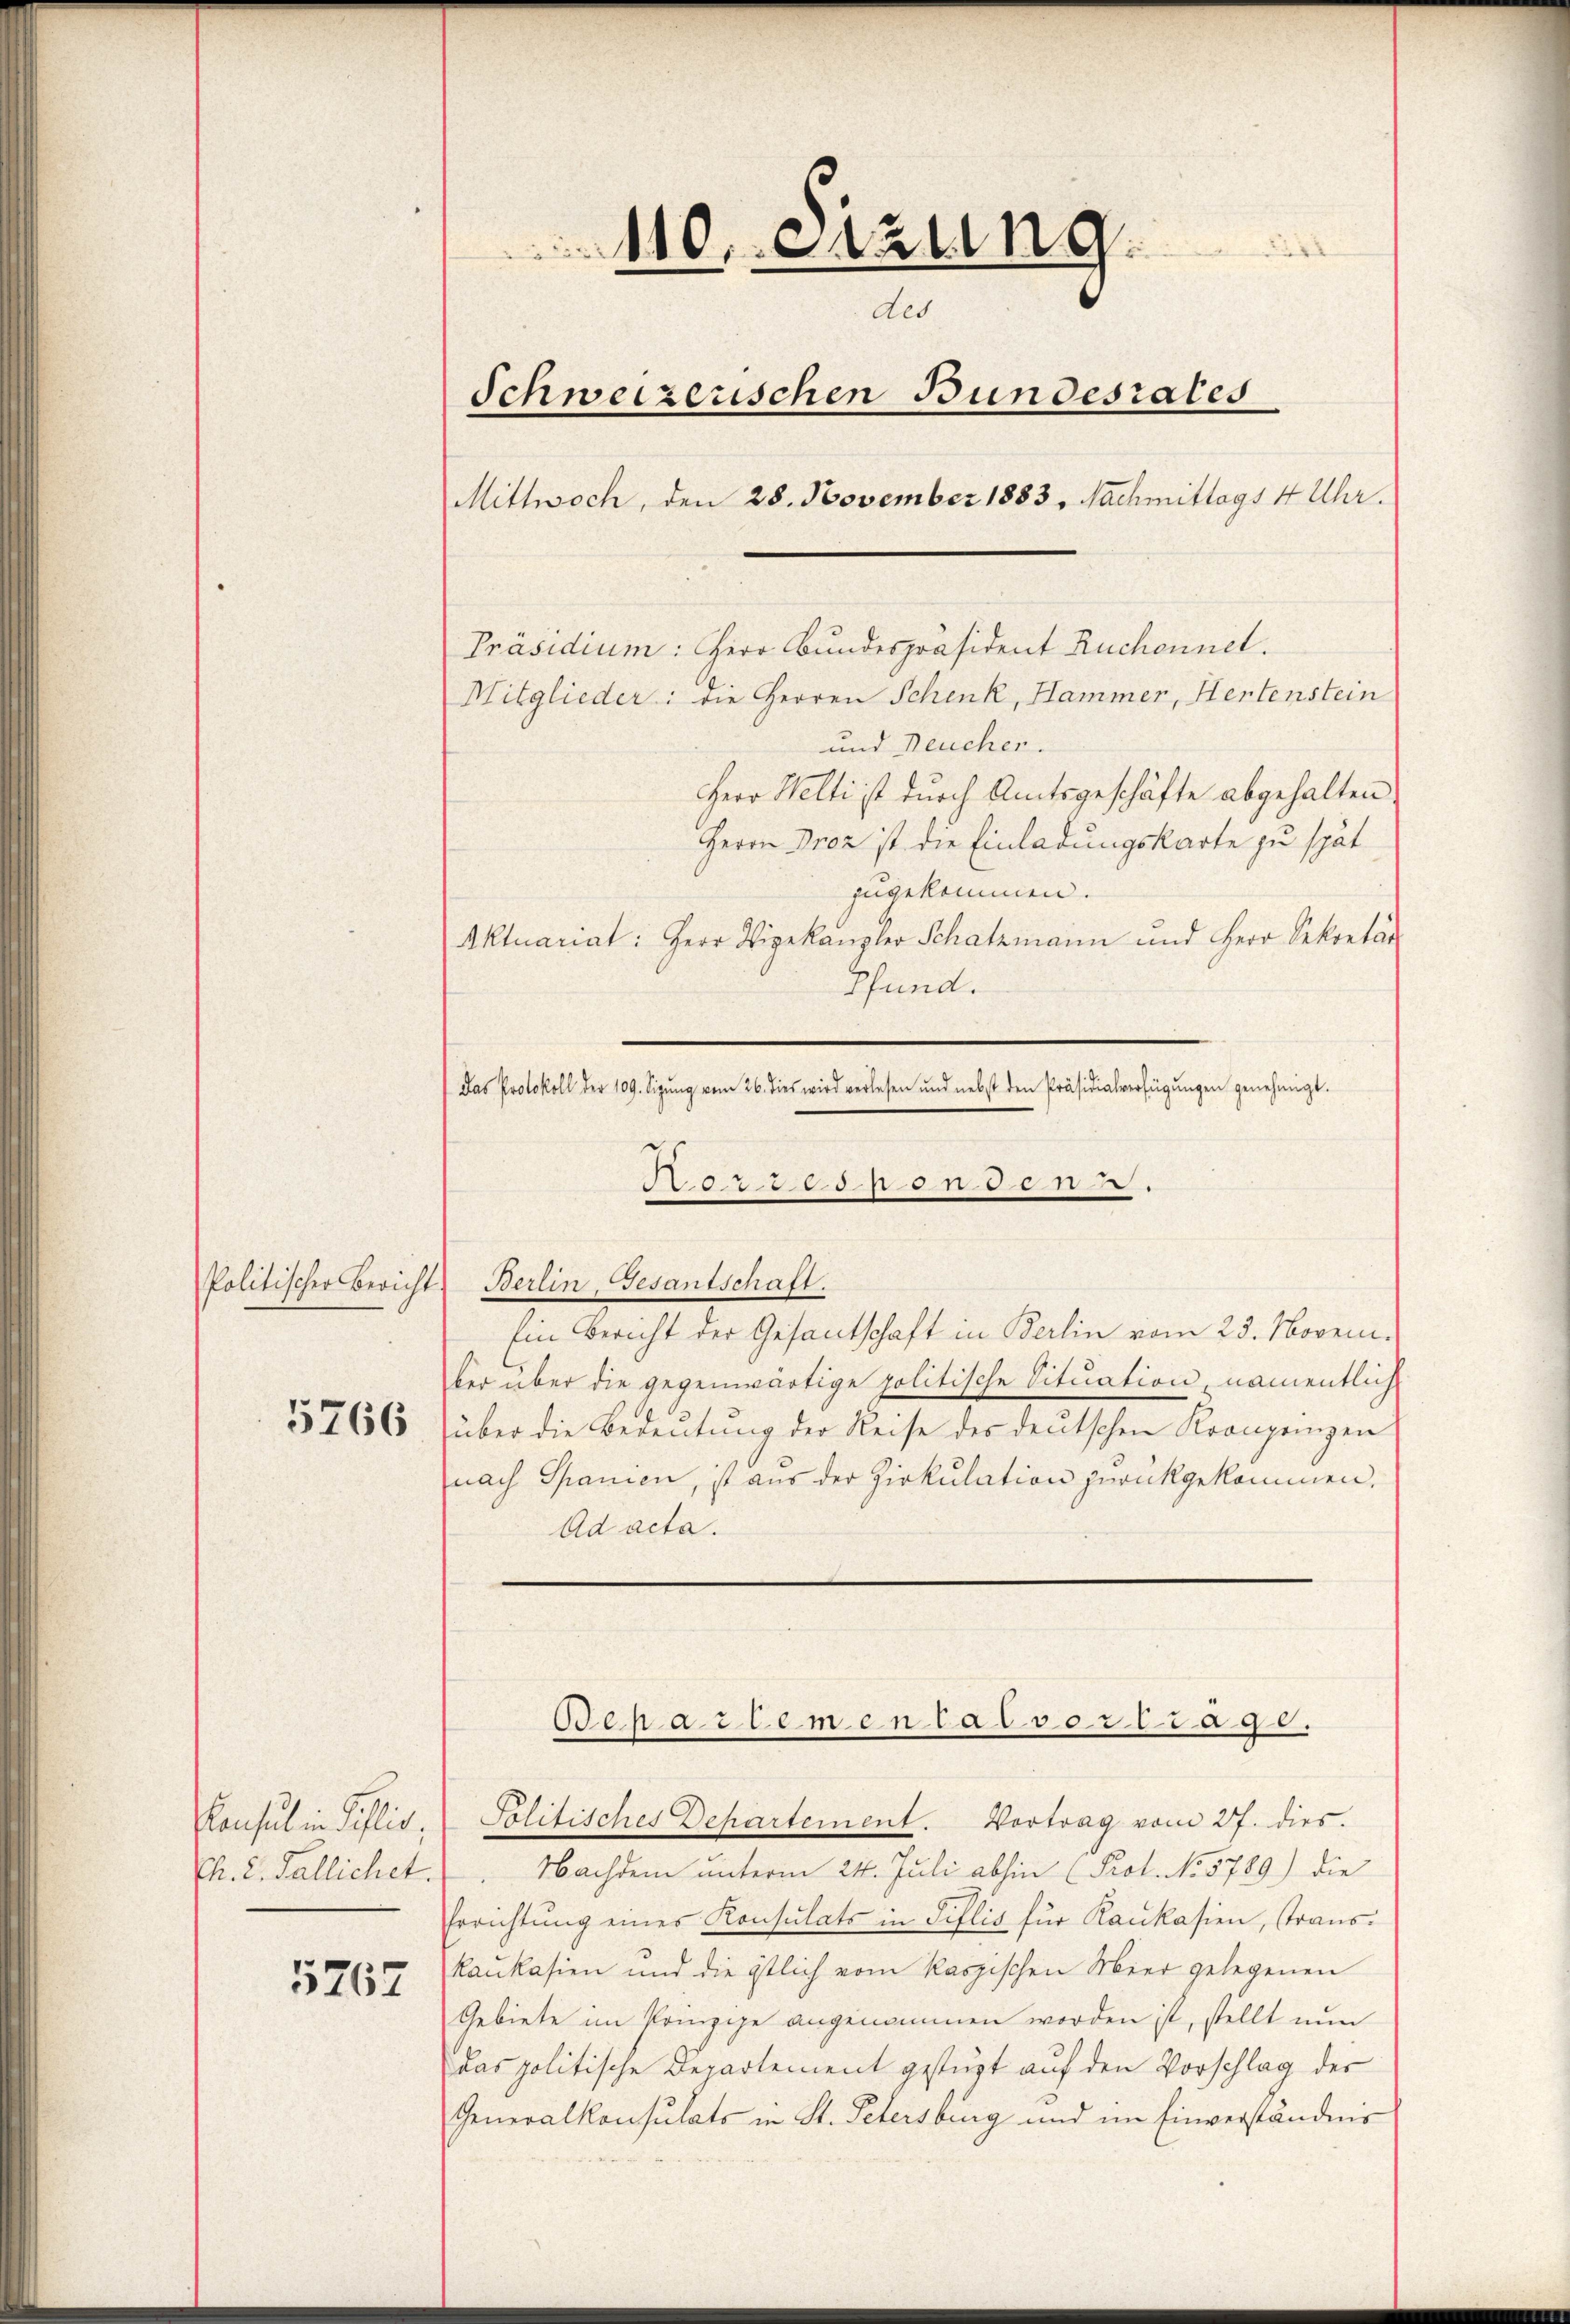
5766

Consul in Pillis,
Ch. 2. Fallichet.

5267

110. Sitzung
des
Schweizerischen Bundesrates
Mittwoch, den 28. November 1883. Nachmittags 4 Uhr.
Präsidium: Herr Bundespräsident Ruchennet.
Mitglieder: die Herren Schenk, Hammer, Hertenstein
und Neucher.

Herr Welti ist durch Amtsgeschäfte abgehalten
Herrn Proz ist die Einladungskarte zu spät
zugekommen.
Aktuariat: Herr Vizekanzler Schatzmann und Herr Sekretär
Pfund.
Das Protokoll der 109. Sigŭng vom 26. dies wird verlesen und nebst den Präsidialverfügŭngen genehmigt.
07308 n 1.
Politischer Bericht Berlin, Gesantschaft.
Ein Bericht der Gesantschaft in Berlin vom 23. November über die gegenwärtige politische Situation, namentlich
über die Bedeutung der Reise des deutschen Kronzeigen
nach Spanien, ist aus der Zirkulation zurückgekommen,
Ad acta.

Oepartementar vortrage.

Politisches Departement. Vortrag vom 27. dies
Nachdem unterm 24. Juli abhin (Prot. No 5789) die
Errichtung eines Konsulats in Pillis für Rankasien, Transkaukasien und die östlich vom kaspischen Meer gelegenen
Gebiete im Prinzipe angenommen worden ist, stellt nun
das politische Departement gestüzt auf den Vorschlag der
Generalkonsulats in St. Petersburg und im Einverständnis